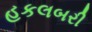
હકલબરી